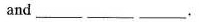
and___ ___ ___.